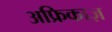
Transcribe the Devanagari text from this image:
अफ्रिकाज़